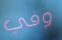
وفي